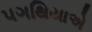
પગથિયાએ